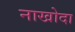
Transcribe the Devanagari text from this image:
नाखोदा